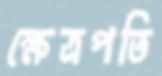
ক্ষেত্রপতি